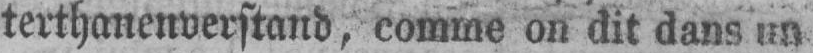
terthanenverstand, comme on dit dans un